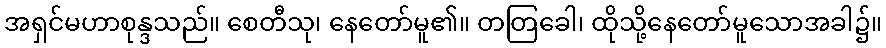
အရှင်မဟာစုန္ဒသည်။ စေတီသု၊ နေတော်မူ၏။ တတြခေါ၊ ထိုသို့နေတော်မူသောအခါ၌။